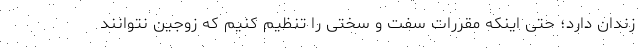
زندان دارد؛ حتی اینکه مقررات سفت و سختی را تنظیم کنیم که زوجین نتوانند